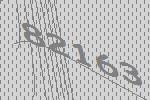
82163